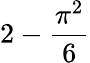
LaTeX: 2-\frac{\pi^{2}}{6}